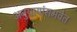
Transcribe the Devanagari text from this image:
अनुयायांसमवेत